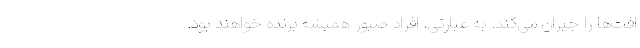
افت‌ها را جبران می‌کند. به عبارتی، افراد صبور همیشه برنده خواهند بود.